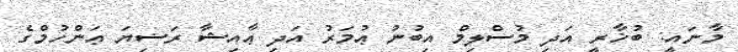
މާނައީ: ބުޚާރީ އަދި މުސްލިމް އިބުނު ޢުމަރު އަދި ޢާއިޝާ ރަޟިޔަ ޢަންހުމްގެ